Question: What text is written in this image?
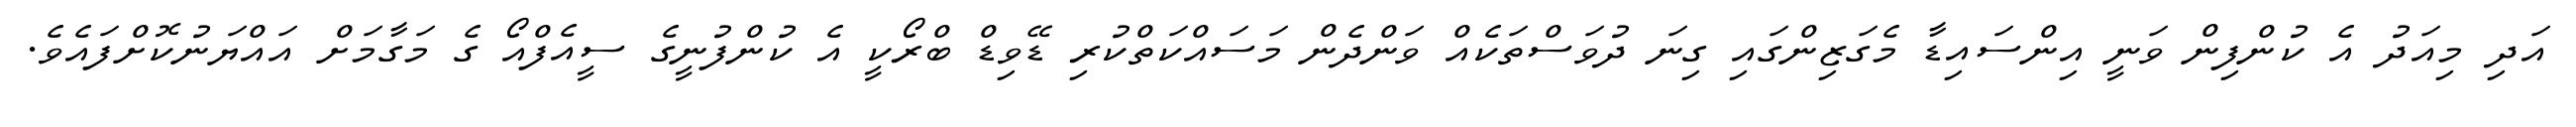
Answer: އަދި މިއަދު އެ ކުންފިން ވަނީ އިންސައިޑާ މެގަޒިންގައި ގިނަ ދުވަސްތަކެއް ވަންދެން މަސައްކަތްކުރި ޑޭވިޑް ބްރޯކީ އެ ކުންފުނީގެ ސީއެފްއޯ ގެ މަގާމަށް އައްޔަނުކޮށްފައެވެ.